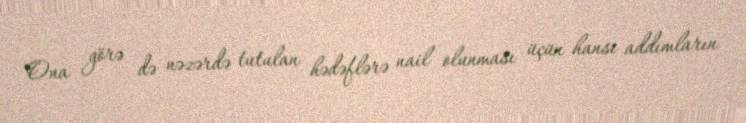
Ona görə də nəzərdə tutulan hədəflərə nail olunması üçün hansı addımların